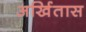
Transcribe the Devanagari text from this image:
अर्खितास